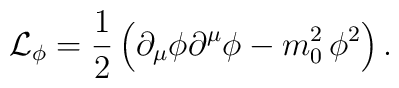
{\cal L}_\phi=\frac{1}{2}\,\Bigl(\partial_\mu\phi\partial^\mu\phi-m_0^2\,\phi^2\Bigr)\,.